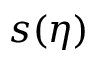
s ( \eta )